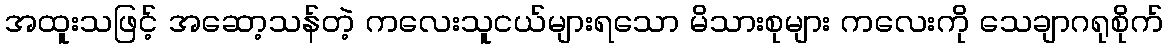
အထူးသဖြင့် အဆော့သန်တဲ့ ကလေးသူငယ်များရသော မိသားစုများ ကလေးကို သေချာဂရုစိုက်